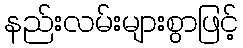
နည်းလမ်းများစွာဖြင့်